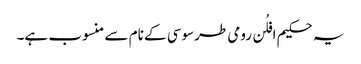
یہ حکیم افلُن رومی طرسوسی کے نام سے منسوب ہے۔